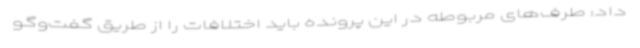
داد: طرف‌های مربوطه در این پرونده باید اختلافات را از طریق گفت‌وگو